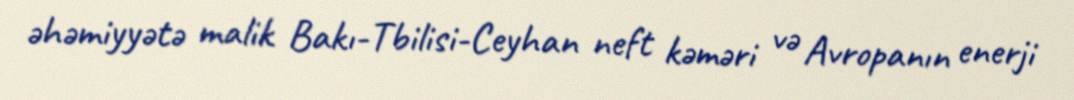
əhəmiyyətə malik Bakı-Tbilisi-Ceyhan neft kəməri və Avropanın enerji